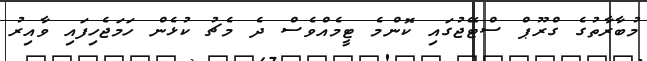
މުބާރާތުގެ ގްރޫޕް ސްޓޭޖުގައި ކޮންމެ ޓީމެއްވެސް ދެ މެޗު ކުޅެން ހަމަޖެހިފައި ވާއިރު